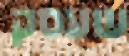
שעסק